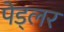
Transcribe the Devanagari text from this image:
पेड्लर